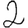
Digit: 2